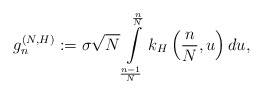
\begin{align*} g_n^{(N,H)}:=\sigma\sqrt{N}\int\limits_{\frac{n-1}{N}}^{\frac{n}{N}}k_H\left(\frac{n}{N},u\right)du,\end{align*}